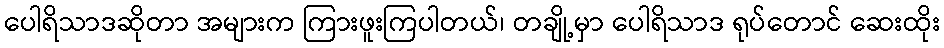
ပေါရိသာဒဆိုတာ အများက ကြားဖူးကြပါတယ်၊ တချို့မှာ ပေါရိသာဒ ရုပ်တောင် ဆေးထိုး